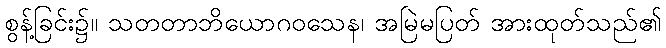
စွန့်ခြင်း၌။ သတတာဘိယောဂဝသေန၊ အမြဲမပြတ် အားထုတ်သည်၏